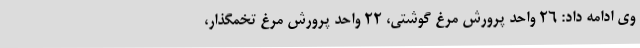
وی ادامه داد: 26 واحد پرورش مرغ گوشتی، 22 واحد پرورش مرغ تخمگذار،